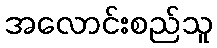
အလောင်းစည်သူ